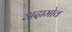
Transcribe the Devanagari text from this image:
अदामोव